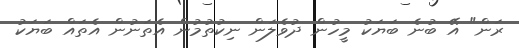
ރަން" އޭ ބުނެ ބަޔަކު މީހުން ދުވެލަން ނިކުތުމުން އެތަނުން އެތައް ބަޔަކު